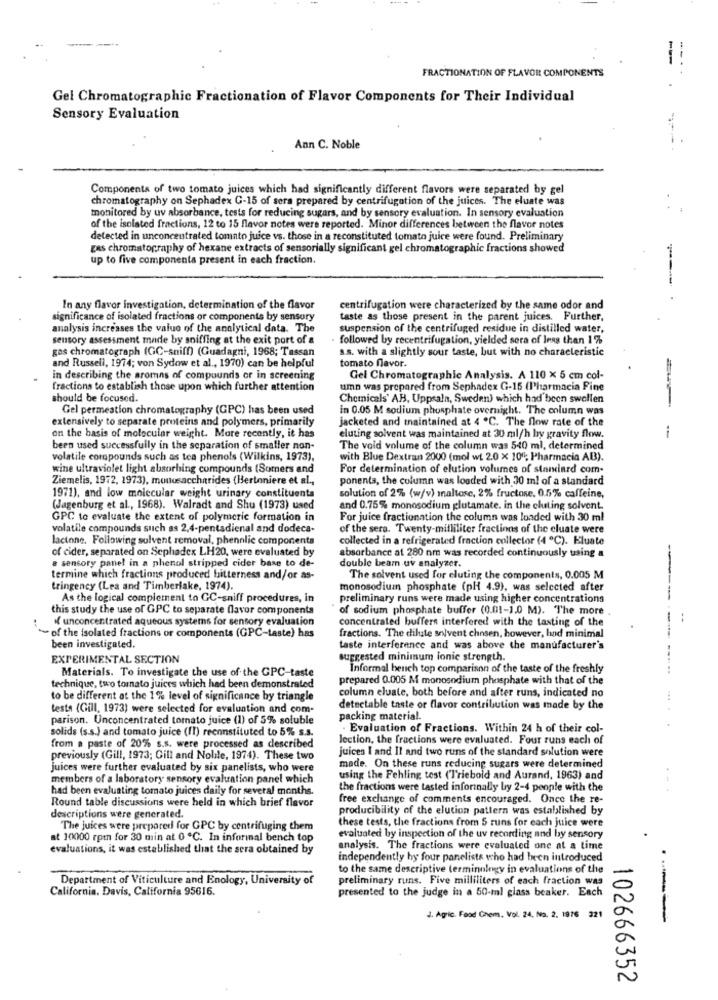
FRACTIONATION OF FLAVOR COMPONENTS
Gel Chromatographic Fractionation of Flavor Components for Their Individual
Sensory Evaluation
Ann C. Noble
Components of two tomato juices which had significantly different flavors were separated by gel
chromatography on Sephadex C-15 of sera prepared by centrifugation of the juices. The eluate was
monitored by uv absorbance, tests for reducing sugars, and by sensory evaluation. In sensory evaluation
of the isolated fractions, 12 to 15 flavor notes were reported. Minor differences between the flavor notes
detected in unconcentrated tomato juice vs. those in a reconstituted tomato juice were found. Preliminary
gas chromatography of hexane extracts of sensorially significant gel chromatographic fractions showed
up to five components present in each fraction.
In any flavor investigation, determination of the flavor
centrifugation were characterized by the same odor and
significance of isolated fractions or components by sensory
taste as those present in the parent juices. Further,
analysis increases the value of the analytical data. The
suspension of the centrifuged residue in distilled water,
sensory assessment made by sniffing at the exit port of a
followed by recentrifugation, yielded sera of less than 1%
gas chromatograph (GC-sniff) (Guadagni, 1968; Tassan
s.s. with a slightly sour taste, but with no characteristic
and Russell, 1974; von Sydow et al ., 1970) can be helpful
tomato favor.
In describing the aromas of compounds or in screening
Gel Chromatographic Analysis. A 110 x 5 cm col-
fractions to establish those upon which further attention
umn was prepared from Sephadex G-15 (Pharmacia Fine
should be focused.
Chemicals' AH, Uppsala, Sweden) which had been swollen
Gel permeation chromatography (GPC) has been used
in 0.05 M sodium phosphate overnight. The column was
extensively to separate proteins and polymers, primarily
jacketed and maintained at 4 ℃. The flow rate of the
on the basis of molecular weight. More recently, it has
eluting solvent was maintained at 30 ml/h by gravity flow.
-
been used successfully in the separation of smaller non-
The void volume of the column was 540 ml, determined
volatile compounds such as tea phenols (Wilkins, 1973),
with Blue Dextran 2000 (mol wi 2.0 × 10"; Pharmacia AB).
wine ultraviolet light absorbing compounds (Somers and
For determination of elution volumes of standard com-
Ziemelis, 1972, 1973), monosaccharides (Bertoniere et al .,
ponents, the column was loaded with 30 ml of a standard
solution of 2% (w/v) maltose, 2% fructose, 0.5% caffeine,
1971), and low molecular weight urinary constituents
(Jagenburg et al ., 1968). Walradt and Shu (1973) used
and 0.75% monosodium glutamate. in the cluting solvent.
GPC to evaluate the extent of polymeric formation in
For juice fractionation the column was loaded with 30 ml
volatile compounds such as 2,4-pentadienal and dodeca-
of the sera. Twenty-milliliter fractions of the cluate were
lactone. Following solvent removal, phenolic components
collected in a refrigerated fraction collector (4 ℃). Eluate
of cider, separated on Sephadex LH20, were evaluated by
absorbance at 280 nm was recorded continuously using a
a sensory panel in a phenol stripped cider base to de-
double beam uv analyzer.
termine which fractions produced bitterness and/or as-
The solvent used for eluting the components, 0.005 M
---
tringency (Lea and Timberlake, 1974).
monosodium phosphate (pl 4.9), was selected after
As the logical complement to CC-sniff procedures, in
preliminary runs were made using higher concentrations
this study the use of GPC to separate flavor components
of sodium phosphate buffer (0.01-1.0 M). The more
if unconcentrated aqueous systems for sensory evaluation
concentrated buffers interfered with the tasting of the
--
of the isolated fractions or components (GPC-taste) has
fractions. The dilute solvent chosen, however, hod minimal
been investigated.
taste interference and was above the manufacturer's
EXPERIMENTAL SECTION
suggested minimum ionic strength.
Materials. To investigate the use of the GPC-taste
Informal bench top comparison of the taste of the freshly
prepared 0.005 M monosodium phosphate with that of the
technique, two tomato juices which had been demonstrated
column eluale, both before and after runs, indicated no
to be different at the 1% level of significance by triangle
testa (Gill, 1973) were selected for evaluation and com-
detectable taste or flavor contribution was made by the
parison. Unconcentrated tomato juice (1) of 5% soluble
packing material.
solids (s.s.) and tomato juice (II) reconstituted to 5% s.s.
- Evaluation of Fractions. Within 24 h of their col-
Jection, the fractions were evaluated. Four runs each of
from a paste of 20% s.s. were processed as described
juices I and II and two runs of the standard solution were
previously (Gill, 1973; Gill and Nobile, 1974). These two
juices were further evaluated by six panelists, who were
made. On these runs reducing sugars were determined
members of a laboratory sensory evaluation panel which
using the Fehling test ('l'riebold and Aurand, 1963) and
had been evaluating tomato juices daily for several months.
the fractions were tasted informally by 2-4 people with the
Round table discussions were held in which brief flavor
free exchange of comments encouraged. Once the re-
producibility of the elution pattern was established by
descriptions were generated.
these tests, the fractions from 5 runs for each juice were
The juices were prepared for GPC by centrifuging them
at 10000 rpm for 30 min at 0 ℃. In inforinal bench top
evaluated by inspection of the uv recording and by sensory
evaluations, it was established that the sera obtained by
analysis. The fractions were evaluated one at a time
independently hy four panelists who had been introduced
to the same descriptive terminology in evaluations of the
Department of Viticulture and Enology, University of
preliminary runs. Five milliliters of each fraction was
California. Davis, California 95616
presented to the judge in a 50-ml glass beaker. Each
J. Agric. Food Chem, Vol. 24, No. 2. 1976 221
--
102666352